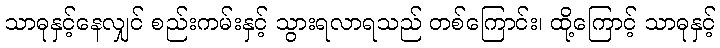
သာဓုနှင့်နေလျှင် စည်းကမ်းနှင့် သွားရလာရသည် တစ်ကြောင်း၊ ထို့ကြောင့် သာဓုနှင့်